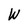
Character: W